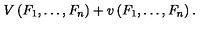
V \left( F _ { 1 } , \dots , F _ { n } \right) + v \left( F _ { 1 } , \dots , F _ { n } \right) .